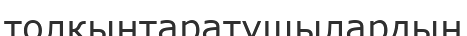
толқынтаратушылардың